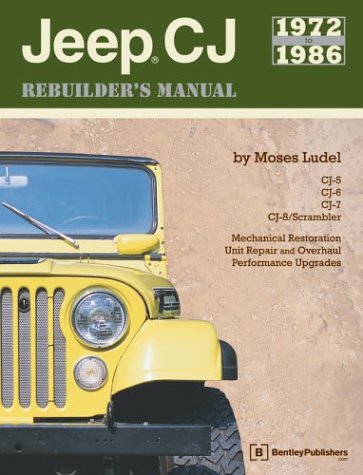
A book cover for Jeep Cj Rebuilder's Manual, 1972-1986: Mechanical Restoration, Unit Repair and Overhaul Performance Upgrades for Jeep Cj-5, Cj-6, Cj-7, and Cj-8/Scrambler; Moses Ludel; Engineering & Transportation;